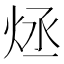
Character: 𤇶